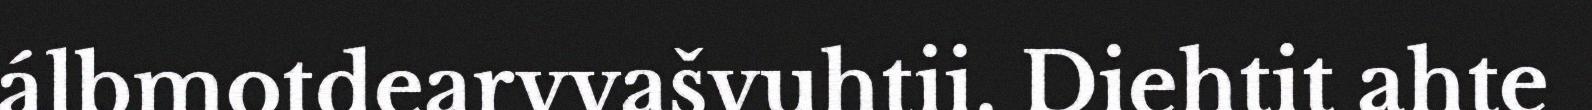
álbmotdearvvašvuhtii. Diehtit ahte